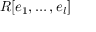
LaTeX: R [ e _ { 1 } , \ldots , e _ { l } ]